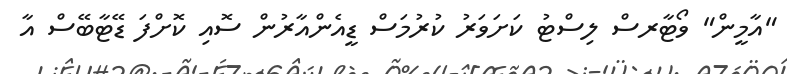
"އާމީން" ވޯޓާރސް ލިސްޓު ކަށަވަރު ކުރުމަސް ޑީއެންއާރުން ސޮއި ކޮށްފަ ޑޭޓާބޭސް އާ